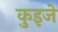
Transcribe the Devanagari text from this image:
कुइजे